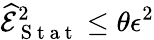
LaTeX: \widehat{\mathcal{E}}_{\mathrm{~S~t~a~t~}}^{2}\le\theta\epsilon^{2}